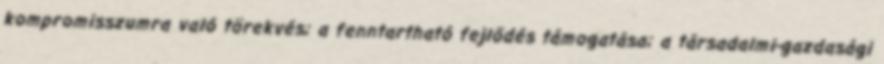
kompromisszumra való törekvés; a fenntartható fejlődés támogatása; a társadalmi-gazdasági